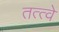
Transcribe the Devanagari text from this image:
तत्‍त्‍वे